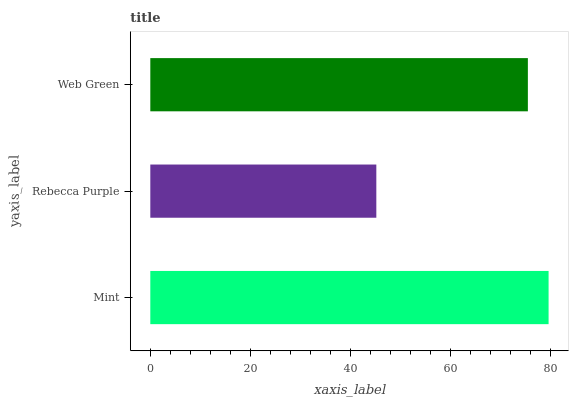
| yaxis_label | bars |
 | --- | --- |
 | Mint | 79.7 |
 | Rebecca Purple | 45.2 |
 | Web Green | 75.5 |